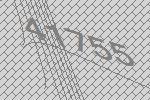
41755